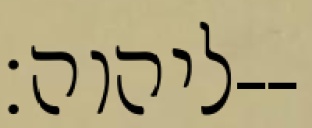
ליהוה׃--